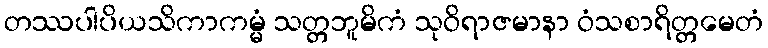
တဿပါပိယသိကာကမ္မံ သတ္တဘူမိကံ သုဝိရာဇမာနာ ဝံသစာရိတ္တမေတံ